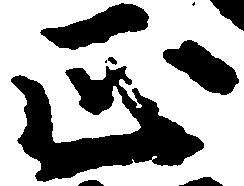
正